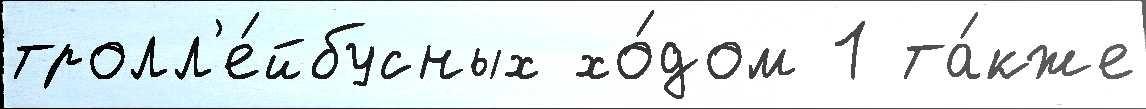
тролл'е́йбусных хо́дом 1 та́кже